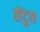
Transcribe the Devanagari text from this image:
सेंटूस